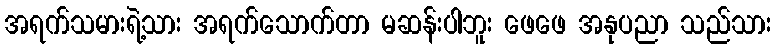
အရက်သမားရဲ့သား အရက်သောက်တာ မဆန်းပါဘူး ဖေဖေ အနုပညာ သည်သား